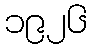
၁၉၂၆